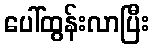
ပေါ်ထွန်းလာပြီး